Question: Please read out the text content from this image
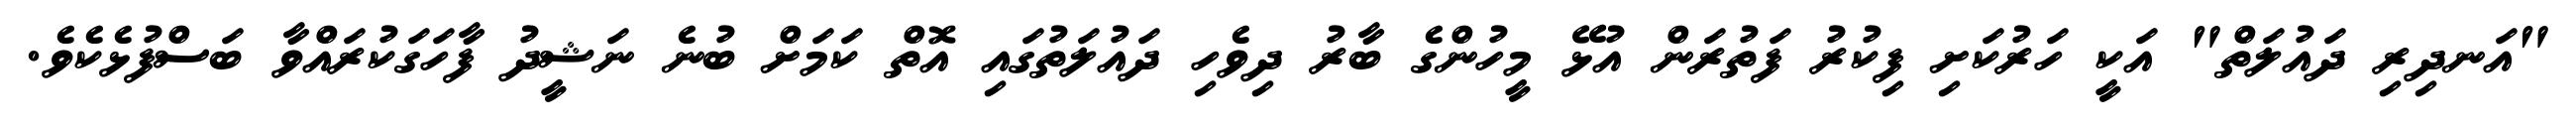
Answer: "އަނދިރި ދައުލަތް" އަކީ ހަރުކަށި ފިކުރު ފަތުރަން އުޅޭ މީހުންގެ ބާރު ދިވެހި ދައުލަތުގައި އޮތް ކަމަށް ބުނެ ނަޝީދު ފާހަގަކުރައްވާ ބަސްފުޅެކެވެ.